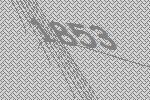
1853